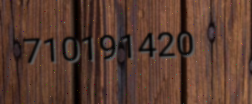
710191420